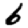
Digit: 6